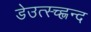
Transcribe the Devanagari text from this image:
डेउत्स्च्ह्लन्द